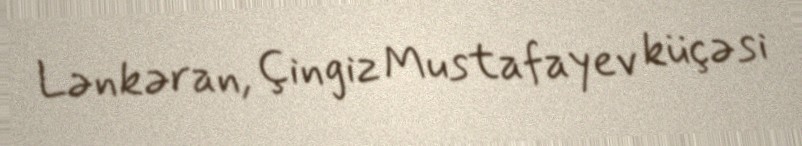
Lənkəran, Çingiz Mustafayev küçəsi